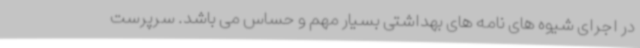
در اجرای شیوه های نامه های بهداشتی بسیار مهم و حساس می باشد. سرپرست